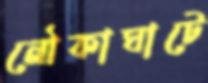
নৌকাঘাটে